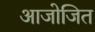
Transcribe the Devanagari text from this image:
आजोजित